Lunatic asylums Madras 1877-1891 - 1877-1891
Year: 1877
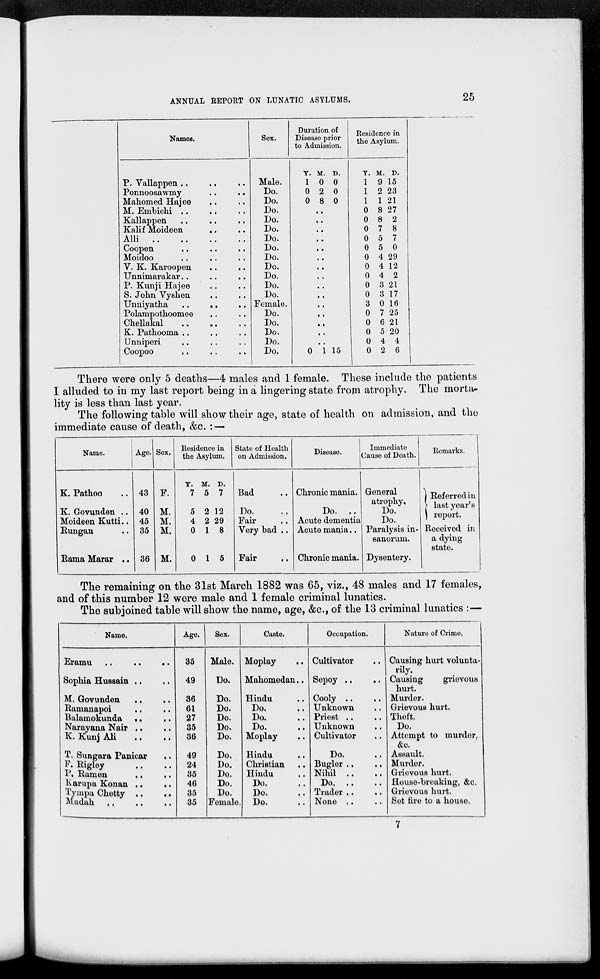
ANNUAL REPORT ON LUNATIC ASYLUMS.
25
Names.
P. Vallappen .. .. ..
Ponnoosawmy .. ..
Mahomed Hajee .. ..
M. Embichi .. .. ..
Kallappen
..
..
Kalif Moideen .. ..
Alli
..
..
..
..
Coopen .. .. ..
Moidoo .. .. ..
V. K. Karoopen .. ..
Unnimarakar .. .. ..
P. Kunji Hajee .. ..
S. John Vyshen .. ..
Unniyatha
..
..
..
Polampothoomee .. ..
Chellakal .. .. ..
K. Pathooma .. .. ..
Unniperi .. .. ..
Coopoo .. .. ..
Sex.
Male.
Do.
Do.
Do.
Do.
Do.
Do.
Do.
Do.
Do.
Do.
Do.
Do.
Female.
Do.
Do.
Do.
Do.
Do.
Duration of
Disease prior
to Admission.
Y.
1
0
0
M.
0
2
8
D.
0
0
0
..
..
..
..
..
..
..
..
..
..
..
..
..
..
..
0 1 15
Residence in
the Asylum.
Y.
1
1
1
0
0
0
0
0
0
0
0
0
0
3
0
0
0
0
0
M.
9
2
1
8
8
7
5
5
4
4
4
3
3
0
7
6
5
4
2
D.
15
23
21
27
2
8
7
0
29
12
2
21
17
16
25
21
20
4
6
There were only 5 deaths—4 males and 1 female. These include the patients
I alluded to in my last report being in a lingering state from atrophy. The morta-
lity is less than last year,
The following table will show their age, state of health on admission, and the
immediate cause of death, &c. : —
Name.
K. Pathoo ..
K. Govunden ..
Moideen Kutti..
Rungan ..
Rama Marar ..
Age.
43
40
45
35
36
Sex.
F.
M.
M.
M.
M.
Residence in
the Asylum.
Y.
7
5
4
0
0
M.
5
2
2
1
1
D.
7
12
29
8
5
State of Health
on Admission.
Bad ..
Do.
Fair ..
Very bad ..
Fair ..
Disease.
Chronic mania.
Do. ..
Acute dementia
Acute mania..
Chronic mania.
Immediate
Cause of Death.
General
atrophy.
Do.
Do.
Paralysis in¬
sanorum.
Dysentery.
Remarks.
Referred in
last year's
report.
Received in
a dying
state.
The remaining on the 31st March 1882 was 65, viz., 48 males and 17 females,
and of this number 12 were male and 1 female criminal lunatics.
The subjoined table will show the name, age, &c, of the 13 criminal lunatics :—
Name.
Eramu
..
..
..
Sophia Hussain .. ..
M. Govunden .. ..
Ramanapoi
..
..
Balamokunda
..
..
Narayana Nair .. ..
K. Kunj Ali .. ..
T. Sungara Panicar ..
F. Rigley .. ..
P. Ramen .. ..
Karupa Konan .. ..
Tympa Chetty .. ..
Madah
..
..
..
Age.
35
49
36
61
27
35
36
49
24
35
46
35
35
Sex.
Male.
Do.
Do.
Do.
Do.
Do.
Do.
Do.
Do.
Do.
Do.
Do.
Female.
Caste.
Moplay ..
Mahomedan..
Hindu ..
Do. ..
Do. ..
Do. ..
Moplay ..
Hindu ..
Christian ..
Hindu ..
Do. ..
Do. ..
Do. ..
Occupation.
Cultivator
Sepoy .. ..
Cooly .. ..
Unknown ..
Priest ..
Unknown ..
Cultivator ..
Do.
Bugler .. ..
Nihil .. ..
Do.
..
..
Trader .. ..
None .. ..
Nature of Crime,
Causing hurt volunta-
rily.
Causing
grievous
hurt.
Murder.
Grievous hurt.
Theft.
Do.
Attempt to murder,
&c.
Assault.
Murder.
Grievous hurt.
House-breaking, &c.
Grievous hurt.
Set fire to a house.
7